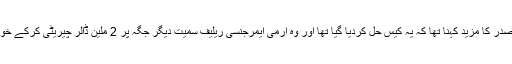
امریکی صدر کا مزید کہنا تھا کہ یہ کیس حل کردیا گیا تھا اور وہ آرمی ایمرجنسی ریلیف سمیت دیگر جگہ پر 2 ملین ڈالر چیریٹی کرکے خوش تھے۔